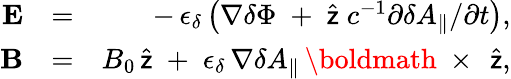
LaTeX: \begin{array}{rlr}{{\mathbf E}}&{=}&{-\, \epsilon_{\delta}\left(\nabla\delta\Phi\; +\; \widehat{\sf z}\; c^{-1}\partial\delta A_{\| }/\partial t\right),}\\ {{\mathbf B}}&{=}&{B_{0}\, \widehat{\sf z}\; +\; \epsilon_{\delta}\, \nabla\delta A_{\| }\, \mathrm{\boldmath~\times~}\, \widehat{\sf z},}\end{array}